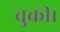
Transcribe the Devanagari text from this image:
चुकी।